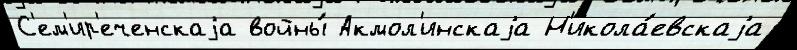
С'ем'ир'еченскаjа войны́ Акмол'инскаjа Н'икола́евскаjа